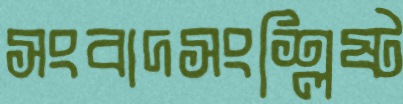
সংবাদসংশ্লিষ্ট